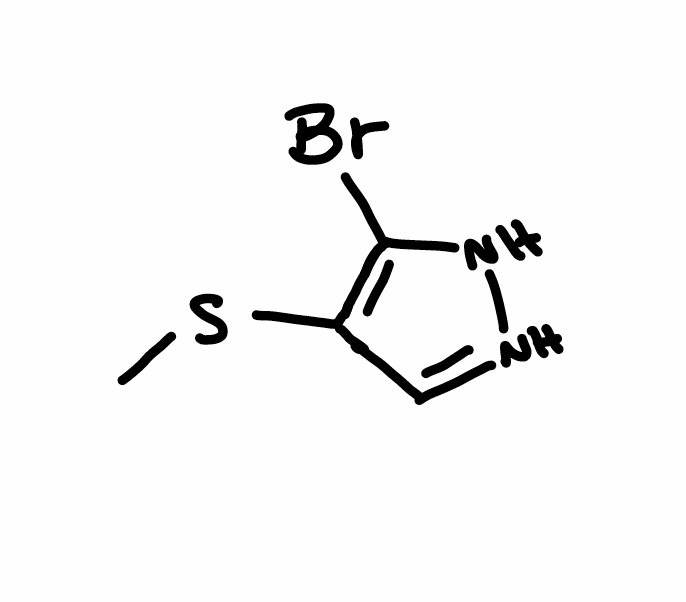
Simplified molecular-input line-entry system (SMILES) notation of the given molecule:
CSC1=C(NN=C1)Br